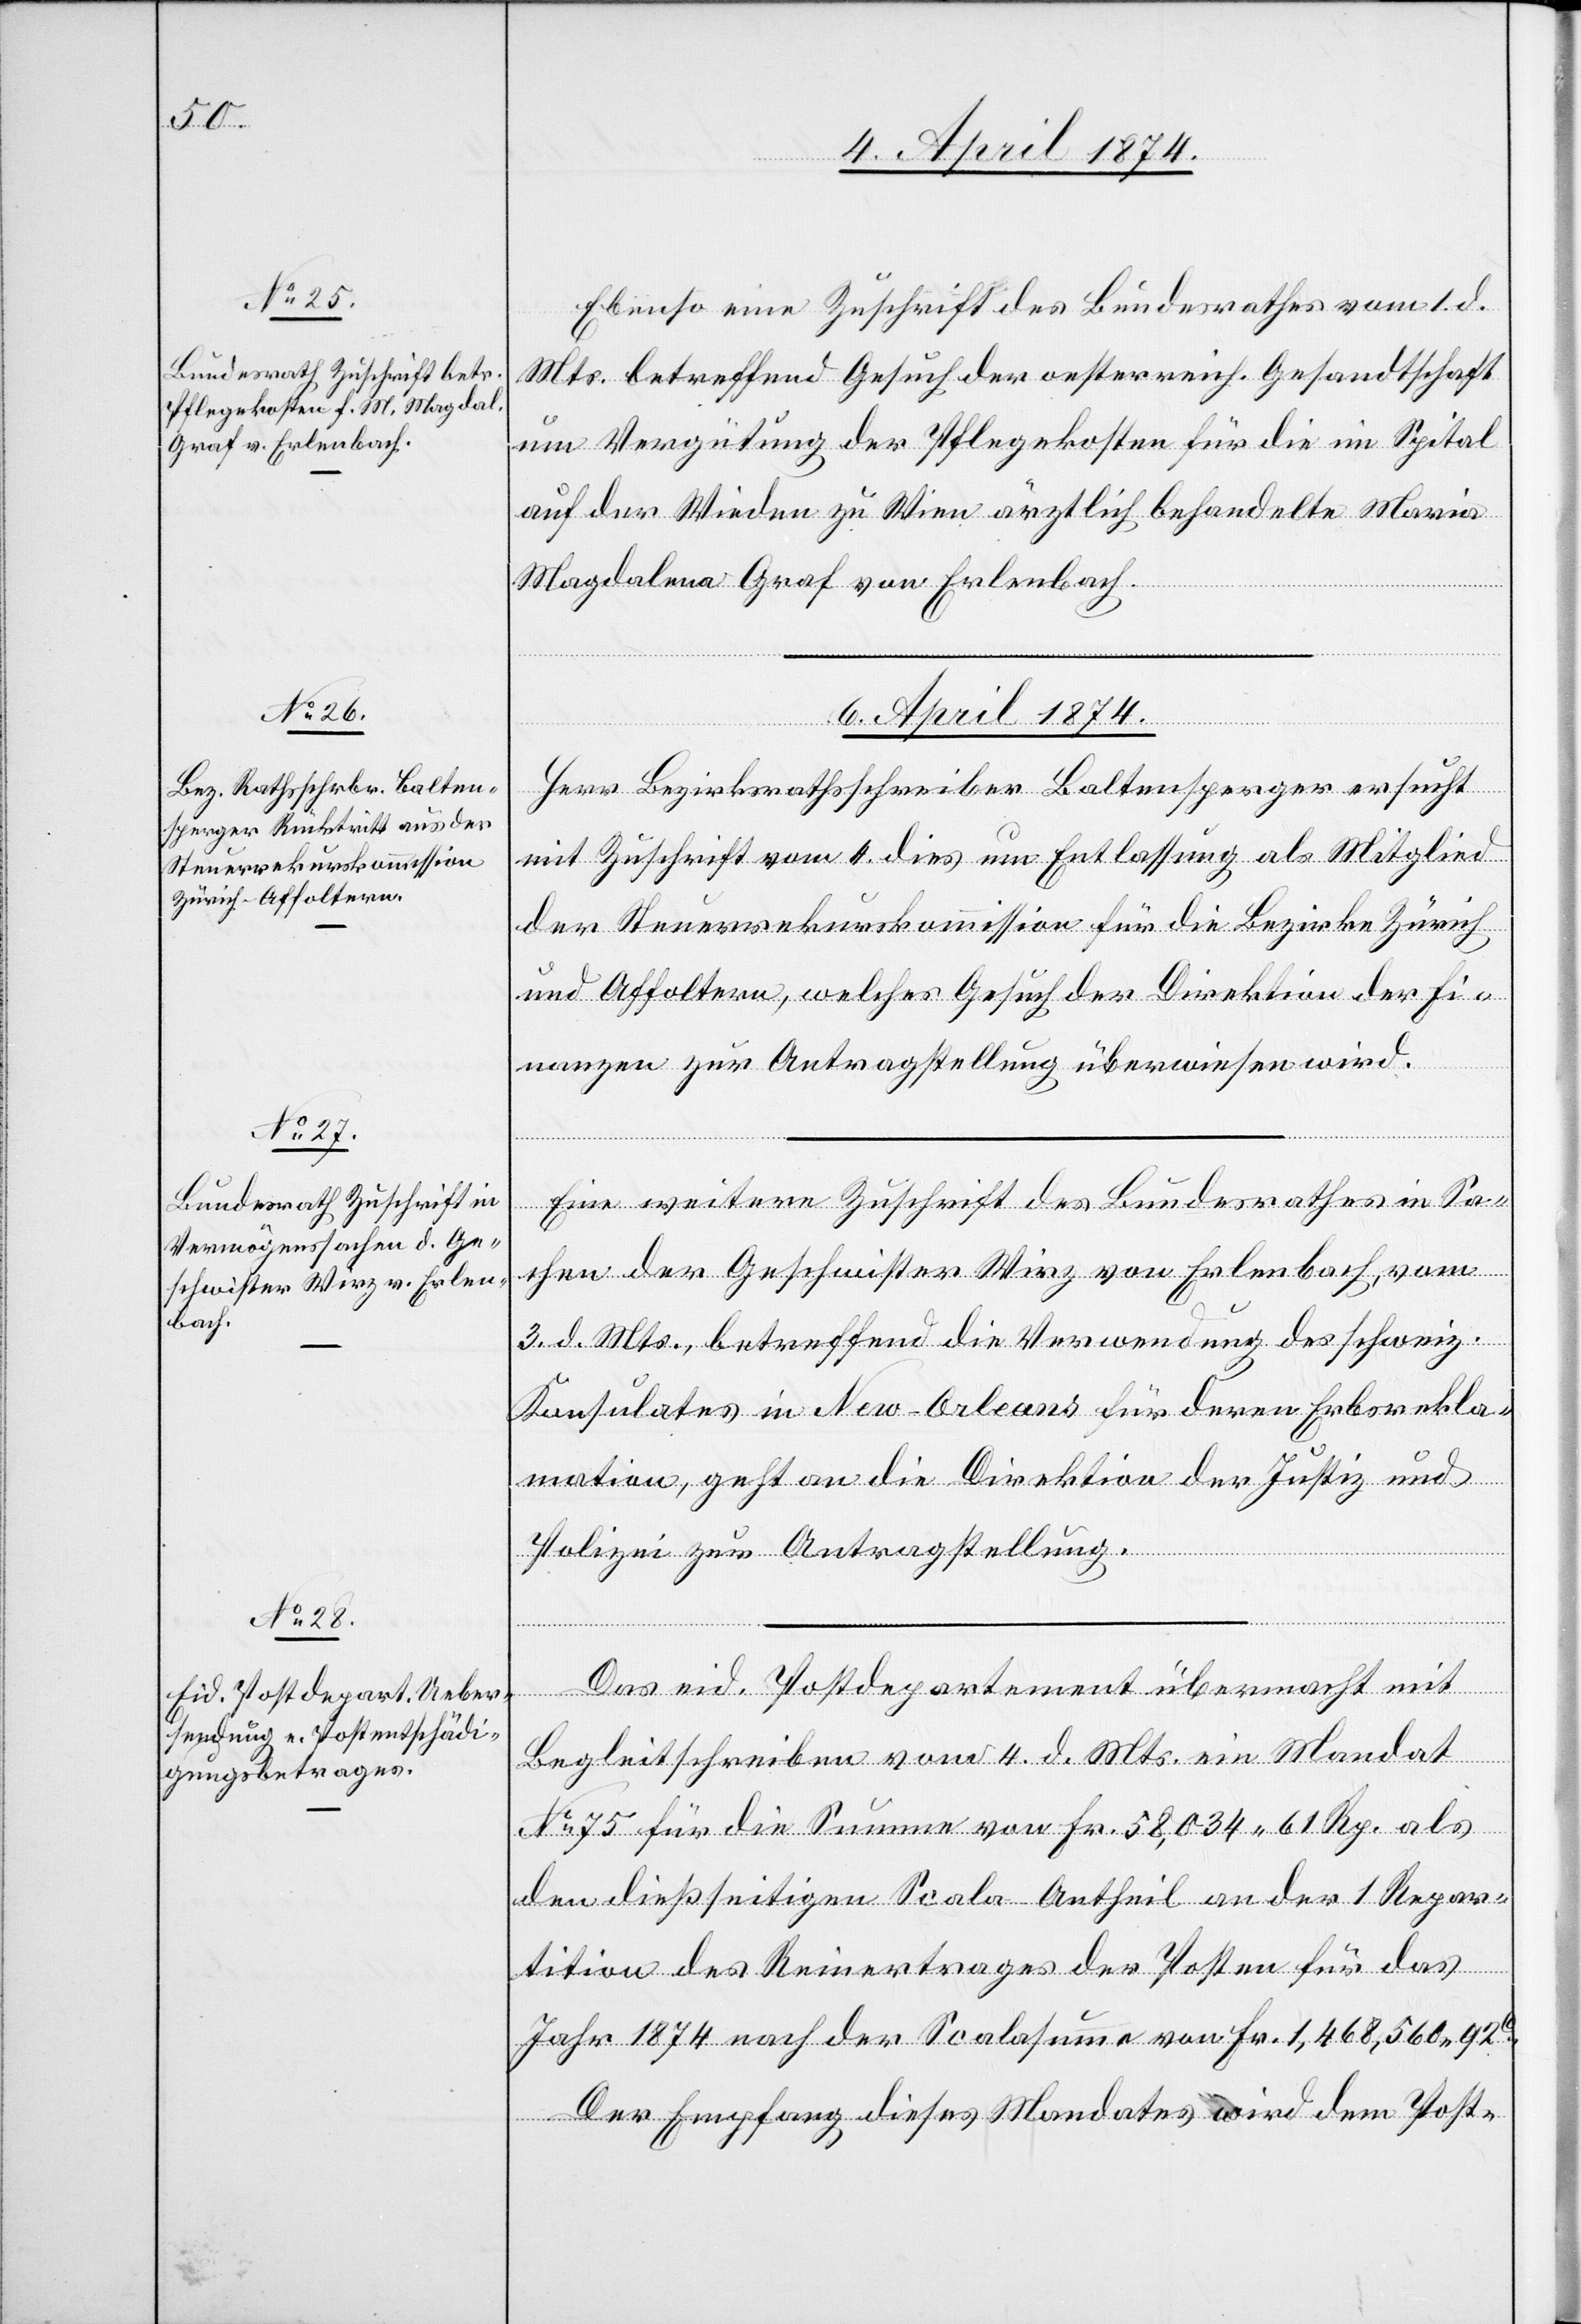
4. April 1874.]
Ebenso eine Zuschrift des Bundesrathes vom 1. d.
Mts. betreffend Gesuch der oesterreich. Gesandtschaft
um Vergütung der Pflegekosten für die im Spital
auf der Wieden zu Wien ärztlich behandelte Maria
Magdalena Graf von Erlenbach.
6. April 1874.]
Herr Bezirksrathsschreiber Baltensperger ersucht
mit Zuschrift vom 4. dies um Entlassung als Mitglied
der Steuerrekurskommission für die Bezirke Zürich
und Affoltern, welches Gesuch der Direktion der Fi¬
nanzen zur Antragstellung überwiesen wird.
Eine weitere Zuschrift des Bundesrathes in Sa¬
chen der Geschwister Wirz von Erlenbach, vom
3. d. Mts., betreffend die Verwendung des schweiz.
Konsulates in New-Orleans für deren Erbsrekla¬
mation, geht an die Direktion der Justiz und
Polizei zur Antragstellung.
Das eid. Postdepartement übermacht mit
Begleitschreiben vom 4. d. Mts. ein Mandat
No 75 für die Summe von Fr. 58,034.61 Rp. als
den dießseitigen Scala-Antheil an der 1 Repar¬
tition des Reinertrages der Posten für das
Jahr 1874 nach der Scalasumme von Fr. 1,468,560.92
Der Empfang dieses Mandates wird dem Post-